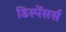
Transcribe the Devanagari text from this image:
डिस्पेंसर्स